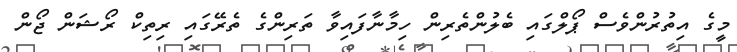
މީގެ އިތުރުންވެސް ޕޯލްގައި ބެލުންތެރިން ހިމާނާފައިވާ ތަރިންގެ ތެރޭގައި ރިތިކް ރޯޝަން ޖޯން